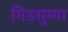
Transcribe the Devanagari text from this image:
मिडसुम्मा